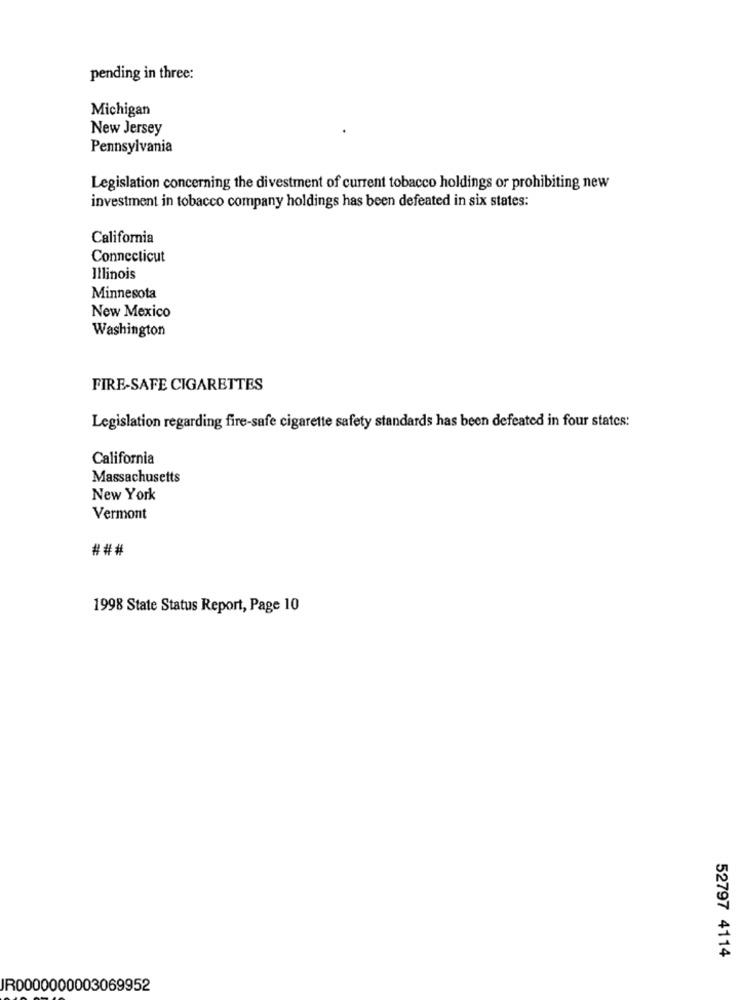
pending in three:
Michigan
New Jersey
Pennsylvania
Legislation concerning the divestment of current tobacco holdings or prohibiting new
investment in tobacco company holdings has been defeated in six states:
California
Connecticut
Illinois
Minnesota
New Mexico
Washington
FIRE-SAFE CIGARETTES
Legislation regarding fire-safe cigarette safety standards has been defeated in four states:
California
Massachusetts
New York
Vermont
###
1998 State Status Report, Page 10
52797 4114
JR0000000003069952